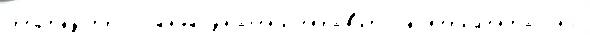
р'еш́тку тр'́хслойный значен'иjеправ'ить эксп'ер'им'ента́льно